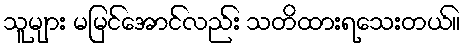
သူများ မမြင်အောင်လည်း သတိထားရသေးတယ်။